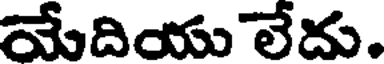
యేదియు లేదు.